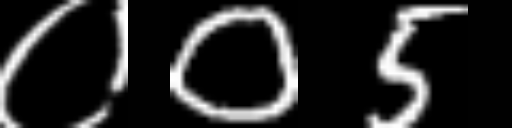
Text: ०05